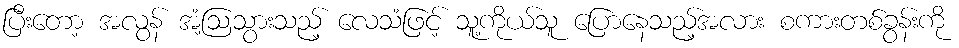
ပြီးတော့ အလွန် အံ့ဩသွားသည့် လေသံဖြင့် သူ့ကိုယ်သူ ပြောနေသည့်အလား စကားတစ်ခွန်းကို